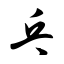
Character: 乓